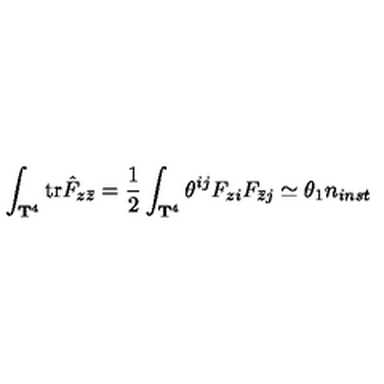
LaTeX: \int _ { { \bf T } ^ { 4 } } \mathrm { t r } \hat { F } _ { z \bar { z } } = { \frac { 1 } { 2 } } \int _ { { \bf T } ^ { 4 } } \theta ^ { i j } F _ { z i } F _ { \bar { z } j } \simeq \theta _ { 1 } n _ { i n s t }